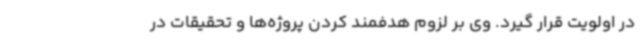
در اولویت قرار گیرد. وی بر لزوم هدفمند کردن پروژه‌ها و تحقیقات در